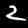
Label: 2